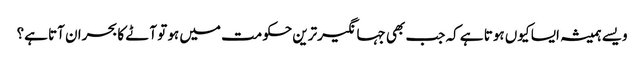
ویسے ہمیشہ ایسا کیوں ہوتا ہے کہ جب بھی جہانگیرترین حکومت میں ہو تو آٹے کا بحران آتا ہے؟